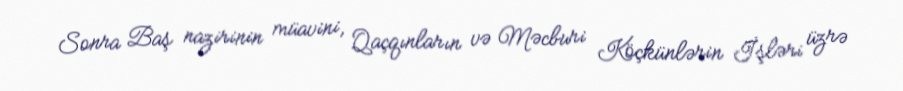
Sonra Baş nazirinin müavini, Qaçqınların və Məcburi Köçkünlərin İşləri üzrə